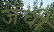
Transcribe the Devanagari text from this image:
जँची